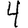
Digit: 4